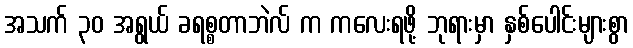
အသက် ၃၀ အရွယ် ခရစ္စတာဘဲလ် က ကလေးရဖို့ ဘုရားမှာ နှစ်ပေါင်းများစွာ